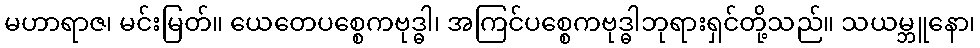
မဟာရာဇ၊ မင်းမြတ်။ ယေတေပစ္စေကဗုဒ္ဓါ၊ အကြင်ပစ္စေကဗုဒ္ဓါဘုရားရှင်တို့သည်။ သယမ္ဘူနော၊